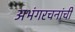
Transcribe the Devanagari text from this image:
अभंगरचनांची